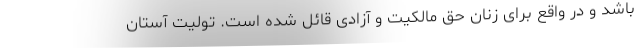
باشد و در واقع برای زنان حق مالکیت و آزادی قائل شده است. تولیت آستان